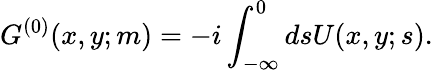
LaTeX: G^{(0)}(x,y;m)=-i\int_{-\infty}^{0}dsU(x,y;s).